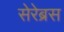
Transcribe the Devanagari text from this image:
सेरेब्रस